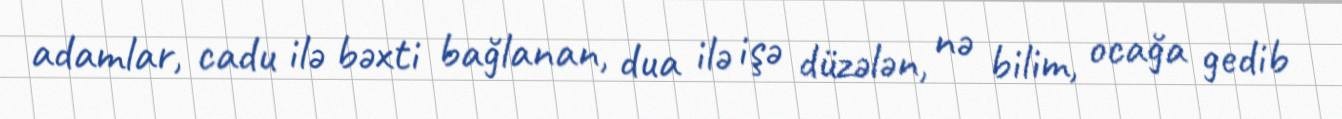
adamlar, cadu ilə bəxti bağlanan, dua ilə işə düzələn, nə bilim, ocağa gedib